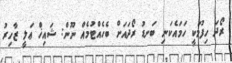
ރޯދަ ހިފުމަކީ ހަމައެކަނި ބަނޑު ރޯދައަށް ބެހެއްޓުމެއް ނޫން: ޝައިޚް ޢަލީ ޒާހިރު